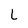
Character: L